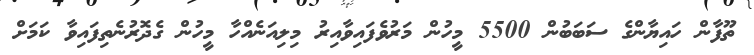
ތޫފާން ހައިޔާންގެ ސަބަބުން 5500 މީހުން މަރުވެފައިވާއިރު މިލިއަނެއްހާ މީހުން ގެދޮރުނެތިފައިވާ ކަމަށް